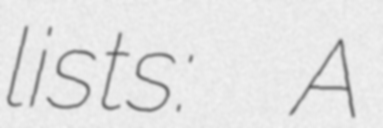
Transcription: lists:  A